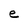
Character: e